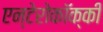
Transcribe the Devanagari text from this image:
एन्टेरोकॉक्की